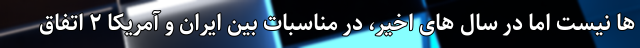
ها نیست اما در سال های اخیر، در مناسبات بین ایران و آمریکا ۲ اتفاق